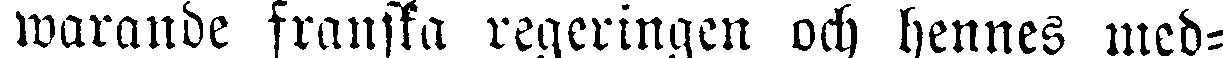
warande franska regeringen och hennes med-